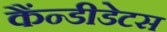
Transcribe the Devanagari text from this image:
कैंन्डीडेटस